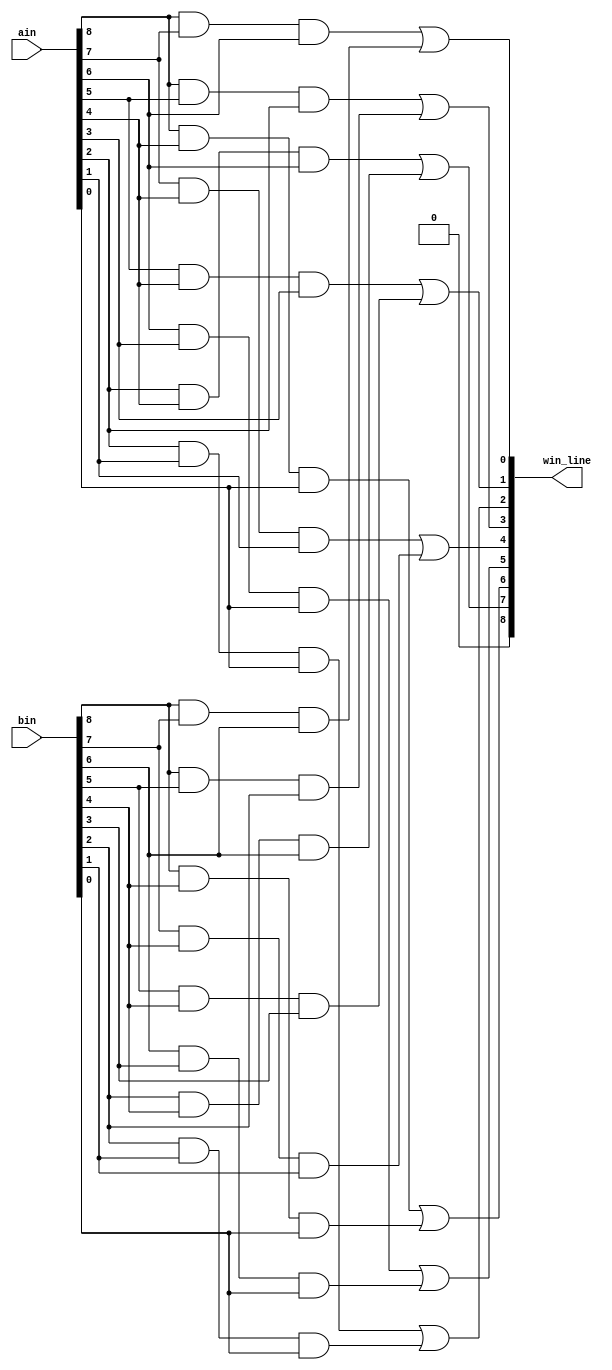
// DetectWinner
// Detects whether either ain or bin has three in a row 
// Inputs:
//   ain, bin - (9-bit) current positions of type a and b
// Out:
//   win_line - (8-bit) if A/B wins, one hot indicates along which row, col or diag
//   win_line(0) = 1 means a win in row 8 7 6 (i.e., either ain or bin has all ones in this row)
//   win_line(1) = 1 means a win in row 5 4 3
//   win_line(2) = 1 means a win in row 2 1 0
//   win_line(3) = 1 means a win in col 8 5 2
//   win_line(4) = 1 means a win in col 7 4 1
//   win_line(5) = 1 means a win in col 6 3 0
//   win_line(6) = 1 means a win along the downward diagonal 8 4 0
//   win_line(7) = 1 means a win along the upward diagonal 2 4 6




module DetectWinner( input [8:0] ain, bin, output [8:0] win_line );

  // CPEN 211 LAB 3, PART 1:

              // lines of code to satisfy above conditions

              assign win_line[0] = (ain[8] & ain[7] & ain[6]) | (bin[8] & bin[7] & bin[6]); // if a or b = 111000000, win_line = 000000001

              assign win_line[1] = (ain[5] & ain[4] & ain[3]) | (bin[5] & bin[4] & bin[3]); // if a or b = 000111000, win_line = 000000010

              assign win_line[2] = (ain[2] & ain[1] & ain[0]) | (bin[2] & bin[1] & bin[0]); // if a or b = 000000111, win_line = 000000100

              assign win_line[3] = (ain[8] & ain[5] & ain[2]) | (bin[8] & bin[5] & bin[2]); // if a or b = 100100100, win_line = 000001000

              assign win_line[4] = (ain[7] & ain[4] & ain[1]) | (bin[7] & bin[4] & bin[1]); // if a or b = 010010010, win_line = 000010000

              assign win_line[5] = (ain[6] & ain[3] & ain[0]) | (bin[6] & bin[3] & bin[0]); // if a or b = 001001001, win_line = 000100000

              assign win_line[6] = (ain[8] & ain[4] & ain[0]) | (bin[8] & bin[4] & bin[0]); // if a or b = 100010001, win_line = 001000000

              assign win_line[7] = (ain[2] & ain[4] & ain[6]) | (bin[2] & bin[4] & bin[6]); // if a or b = 001010100, win_line = 010000000

              assign win_line[8] = 9'b0;// to satisfy the input being 9 bits and the output being 8 bits we made the output 9 bits

                                                         // and then set the 9th bit to 0.

endmodule